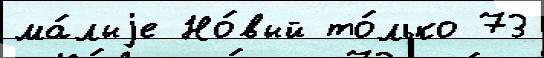
ма́лыjе Но́вый то́лько 73